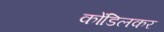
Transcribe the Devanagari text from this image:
कोंडिलकर